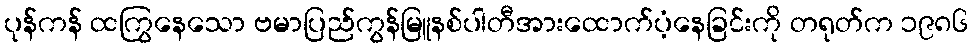
ပုန်ကန် ထကြွနေသော ဗမာပြည်ကွန်မြူနစ်ပါတီအားထောက်ပံ့နေခြင်းကို တရုတ်က ၁၉၈၆